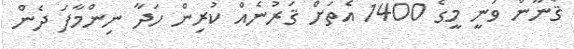
ޤާނޫން ވަނީ މީގެ 1400 އެތަށް ޤަރުނެއް ކުރިން ހަދާ ނިންމާފަ ދެން